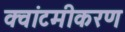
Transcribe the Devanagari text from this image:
क्वांटमीकरण